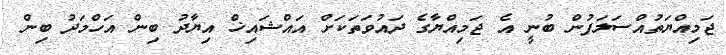
ޖަމިއްޔަތުއްސަލަފުން ބުނީ އެ ޖަމިއްޔާގެ ދައުވަތަކަށް އައްޝައިޚް އިޔާދު ބިން އަހްމަދު ބިން